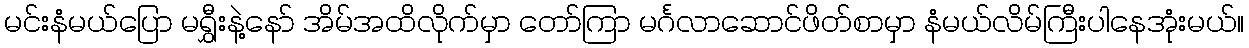
မင်းနံမယ်ပြော မရွှီးနဲ့နော် အိမ်အထိလိုက်မှာ တော်ကြာ မင်္ဂလာဆောင်ဖိတ်စာမှာ နံမယ်လိမ်ကြီးပါနေအုံးမယ်။